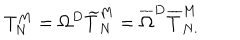
LaTeX: T _ { N } ^ { M } = \Omega ^ { D } \widetilde { T } _ { N } ^ { M } = \overline { { { \Omega } } } ^ { D } \overline { { { T } } } _ { N . } ^ { M }